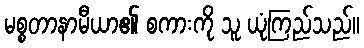
မစ္စတာနာမီယာ၏ စကားကို သူ ယုံကြည်သည်။